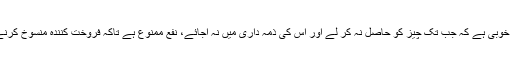
یہ مشاہدے سے ثابت ہے، لہٰذایہ شریعت کا کمال اور خوبی ہے کہ جب تک چیز کو حاصل نہ کر لے اور اس کی ذمہ داری میں نہ آجائے، نفع ممنوع ہے تاکہ فروخت کنندہ منسوخ کرنے سے مایوس ہو جائے اور اس کا تعلق ختم ہو جائے۔